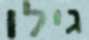
גילו